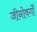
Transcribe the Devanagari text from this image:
जीनोवर्गों